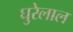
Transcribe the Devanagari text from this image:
घुरेलाल